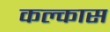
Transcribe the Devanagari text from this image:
कल्कास